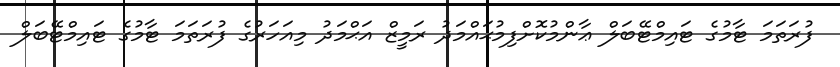
ފުރަތަމަ ޓާމުގެ ޓައިމްޓޭބަލް ޢާންމުކޮށްފިމުޙައްމަދު ރަމީޒް އަޙްމަދު މިއަހަރުގެ ފުރަތަމަ ޓާމުގެ ޓައިމްޓޭބަލް